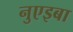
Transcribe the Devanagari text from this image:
नुएइबा